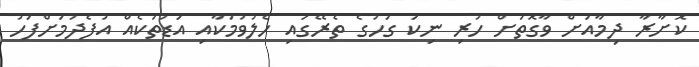
ކޮށާރާ ދިމާއަށް ވާގޮތަށް ހުރި ނިކަ ގަހުގެ ތެރޭގައި ހެލުވުމަކާއި އަޑުތަކެއް އުފެދުމަށްފަހު